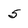
Character: 5